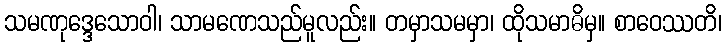
သမဏုဒ္ဒေသောဝါ၊ သာမဏေသည်မူလည်း။ တမှာသမမှာ၊ ထိုသမာဓိမှ။ စာဝေဿတိ၊